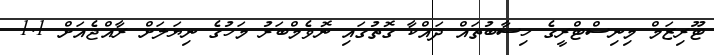
ޓޫރިޒަމް މިނިސްޓްރީގެ ހިސާބުތައް ދައްކާ ގޮތުގައި ނޮވެމްބަރު މަހުގެ ނިޔަލަށް ރާއްޖެއަށް 1.1